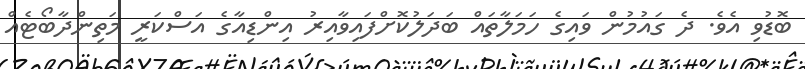
ބޮޑުވި އެވެ. ދެ ގައުމުން ވައިގެ ހަމަލާތައް ބަދަލުކޮށްފައިވާއިރު އިންޑިއާގެ އަސްކަރީ މަތިންދާބޯޓެއް